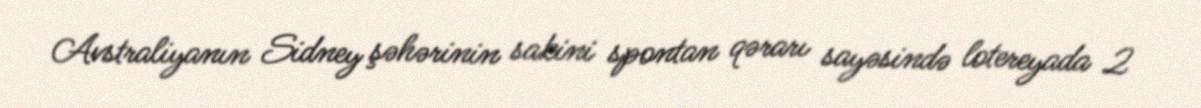
Avstraliyanın Sidney şəhərinin sakini spontan qərarı sayəsində lotereyada 2